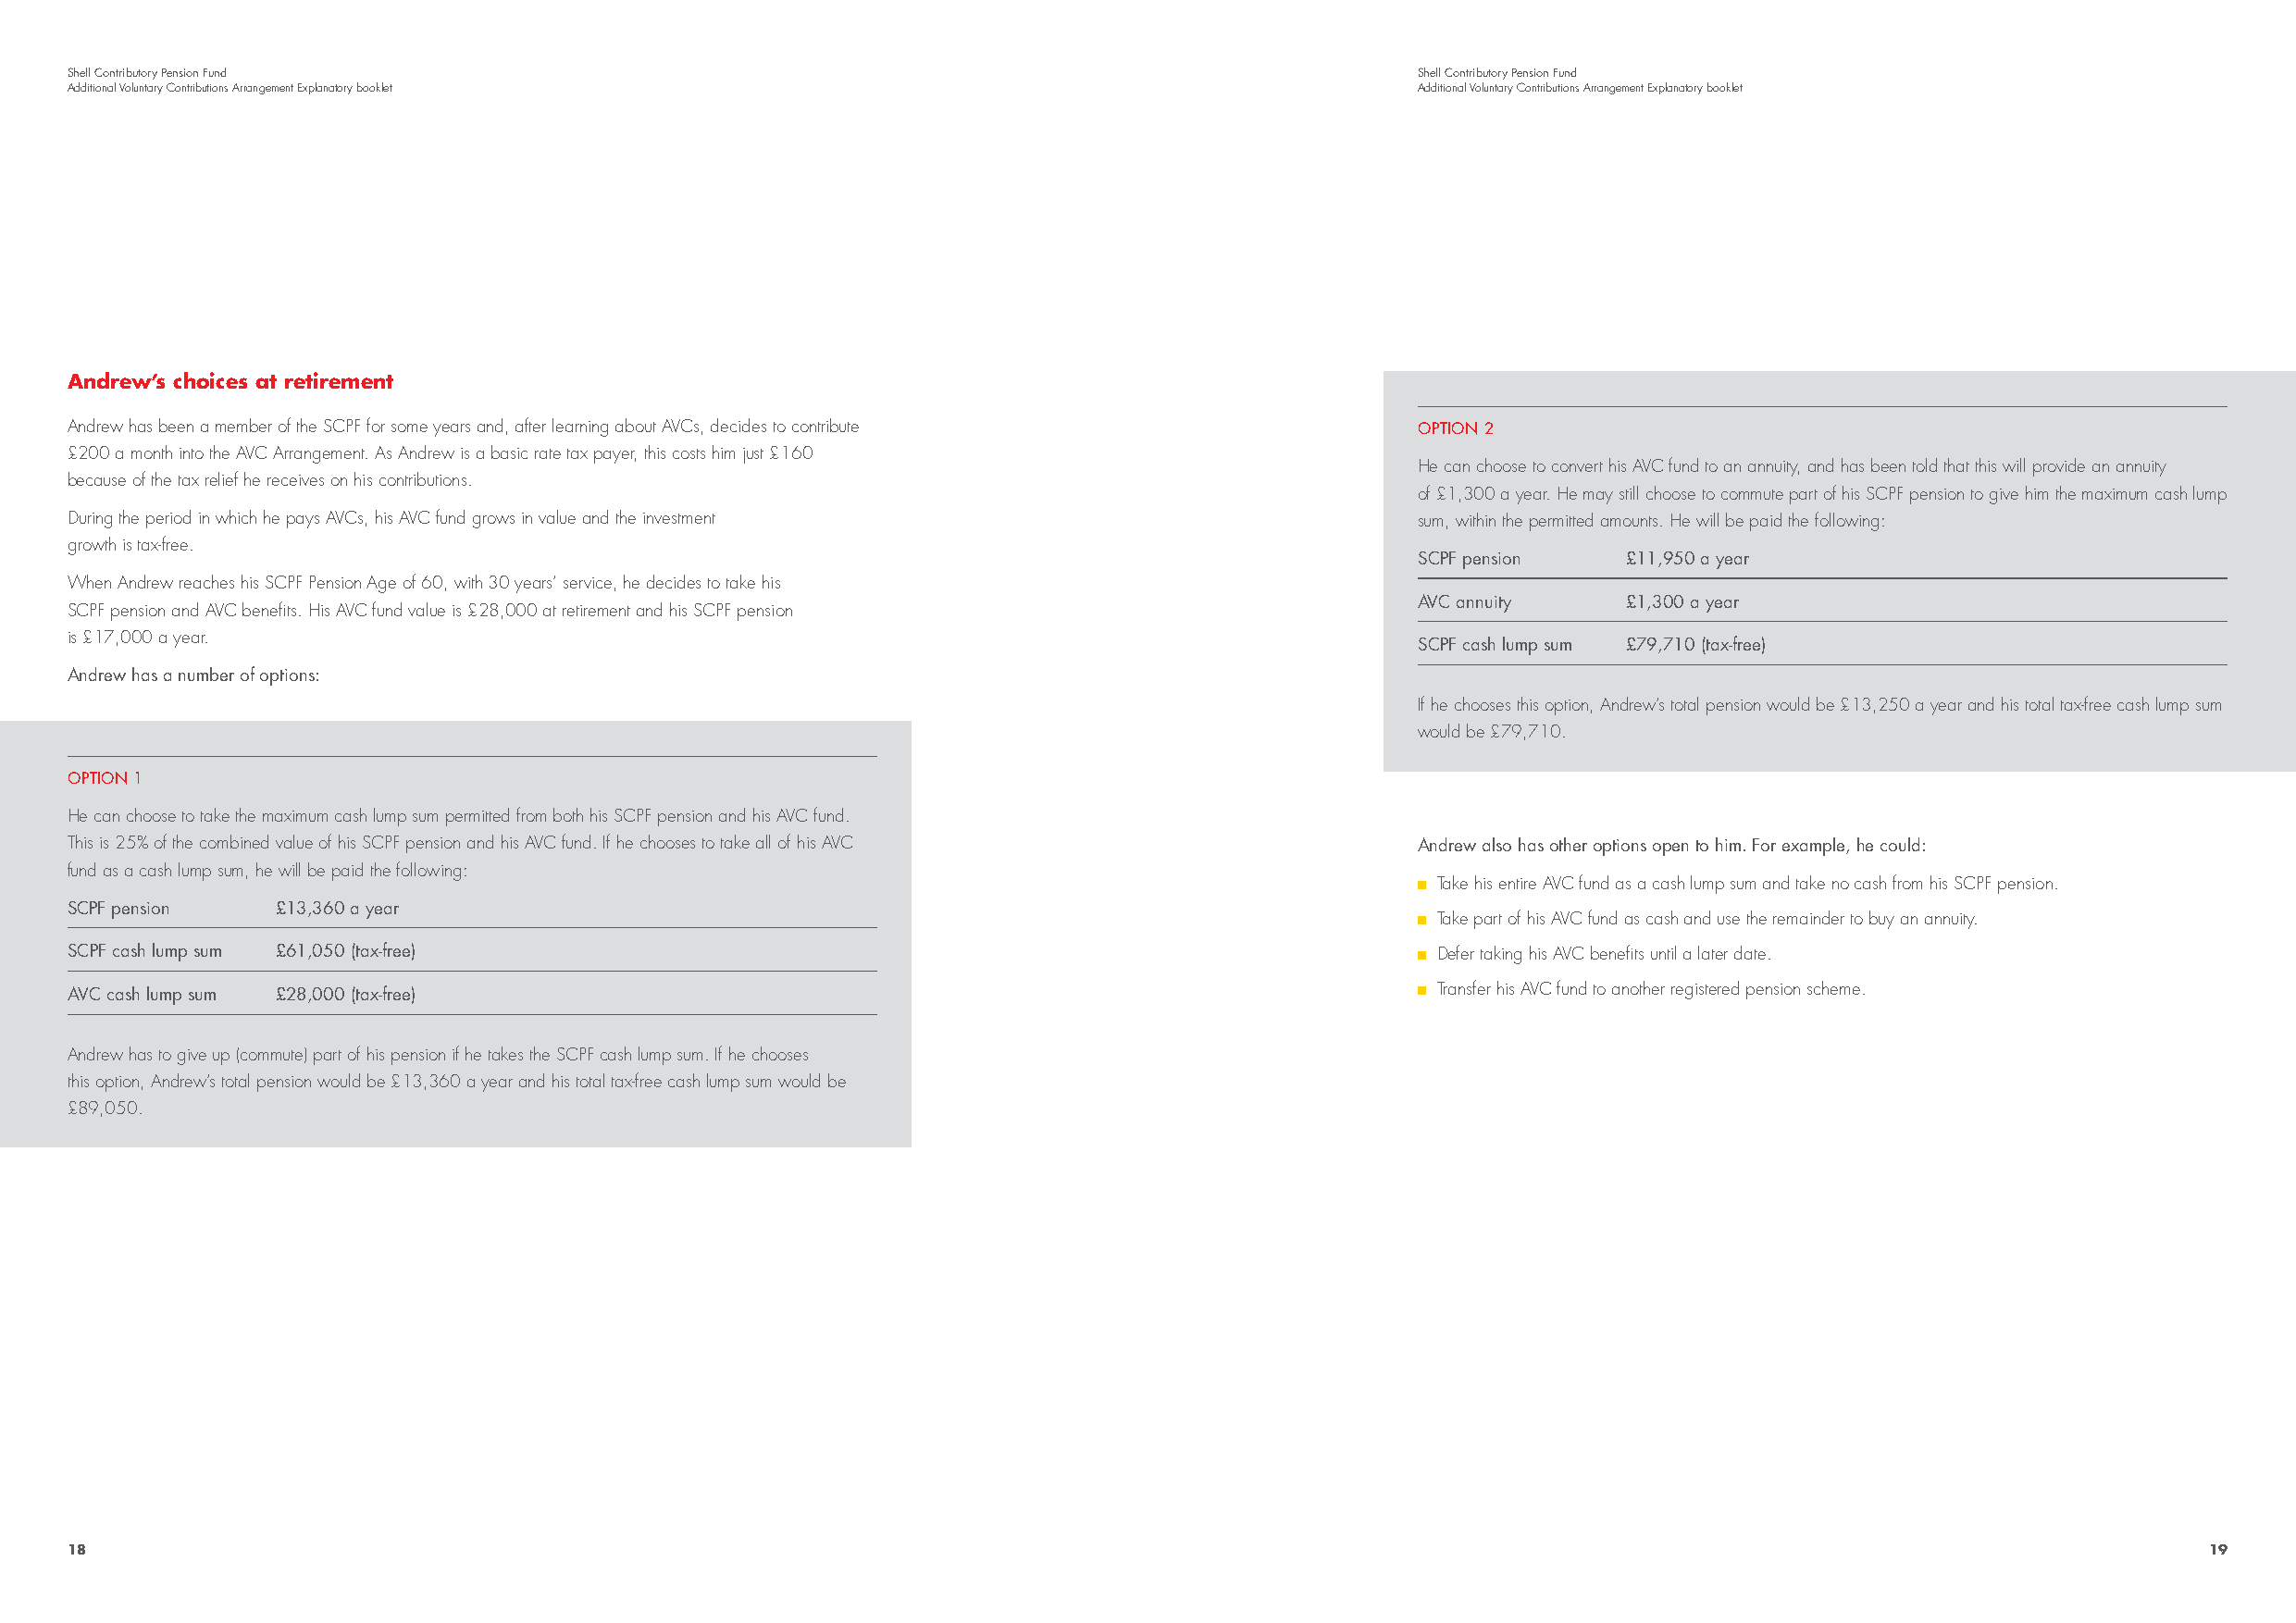
Shell Contributory Pension Fund                                                                 Shell Contributory Pension Fund
 Additional Voluntary Contributions Arrangement Explanatory booklet                              Additional Voluntary Contributions Arrangement Explanatory booklet
 Andrew’s choices at retirement
 Andrew has been a member of the SCPF for some years and, after learning about AVCs, decides to contribute OPTION 2
 £200 a month into the AVC Arrangement. As Andrew is a basic rate tax payer, this costs him just £160
 He can choose to convert his AVC fund to an annuity, and has been told that this will provide an annuity
 because of the tax relief he receives on his contributions.
 of £1,300 a year. He may still choose to commute part of his SCPF pension to give him the maximum cash lump
 During the period in which he pays AVCs, his AVC fund grows in value and the investment         sum, within the permitted amounts. He will be paid the following:
 growth is tax-free.
 SCPF pension   £11,950 a year
 When Andrew reaches his SCPF Pension Age of 60, with 30 years’ service, he decides to take his
 AVC annuity    £1,300 a year
 SCPF pension and AVC benefits. His AVC fund value is £28,000 at retirement and his SCPF pension
 is £17,000 a year.
 SCPF cash lump sum £79,710 (tax-free)
 Andrew has a number of options:
 If he chooses this option, Andrew’s total pension would be £13,250 a year and his total tax-free cash lump sum
 would be £79,710.
 OPTION 1
 He can choose to take the maximum cash lump sum permitted from both his SCPF pension and his AVC fund.
 This is 25% of the combined value of his SCPF pension and his AVC fund. If he chooses to take all of his AVC Andrew also has other options open to him. For example, he could:
 fund as a cash lump sum, he will be paid the following:
 Take his entire AVC fund as a cash lump sum and take no cash from his SCPF pension.
 SCPF pension   £13,360 a year
 Take part of his AVC fund as cash and use the remainder to buy an annuity.
 SCPF cash lump sum £61,050 (tax-free)                                                             Defer taking his AVC benefits until a later date.
 AVC cash lump sum £28,000 (tax-free)                                                              Transfer his AVC fund to another registered pension scheme.
 Andrew has to give up (commute) part of his pension if he takes the SCPF cash lump sum. If he chooses
 this option, Andrew’s total pension would be £13,360 a year and his total tax-free cash lump sum would be
 £89,050.
 18                                                                                                                                                       19